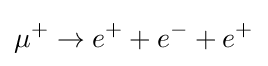
\mu ^{+}\to e^{+}+e^{-}+e^{+}